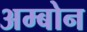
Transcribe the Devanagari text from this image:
अम्बोन